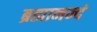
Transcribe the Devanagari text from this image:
ब्रह्मानन्दं